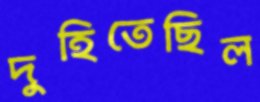
দুহিতেছিল